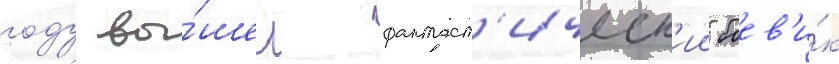
году вы́шел фантаст'ическ'ии боев'и́к